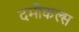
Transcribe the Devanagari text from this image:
दमोकल्स